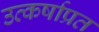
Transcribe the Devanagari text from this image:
उत्कर्षाप्रत